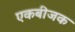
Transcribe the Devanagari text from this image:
एकबीजक